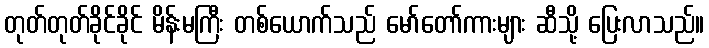
တုတ်တုတ်ခိုင်ခိုင် မိန်းမကြီး တစ်ယောက်သည် မော်တော်ကားများ ဆီသို့ ပြေးလာသည်။